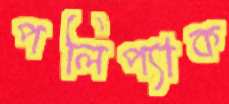
পলিপ্যাক